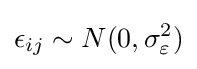
\epsilon _{ij}\sim N(0,\sigma _{\varepsilon }^{2})